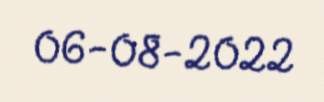
06-08-2022